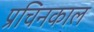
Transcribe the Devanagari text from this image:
प्रचिनकाल